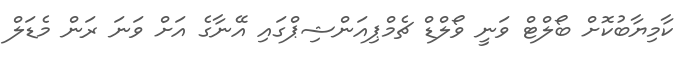
ކާމިޔާބުކޮށް ބޯލްޓް ވަނީ ވޯލްޑް ޗެމްޕިއަންޝިޕްގައި އޭނާގެ އަށް ވަނަ ރަން މެޑަލް